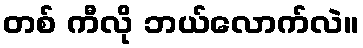
တစ် ကီလို ဘယ်လောက်လဲ။